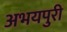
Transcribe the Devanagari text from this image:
अभयपुरी